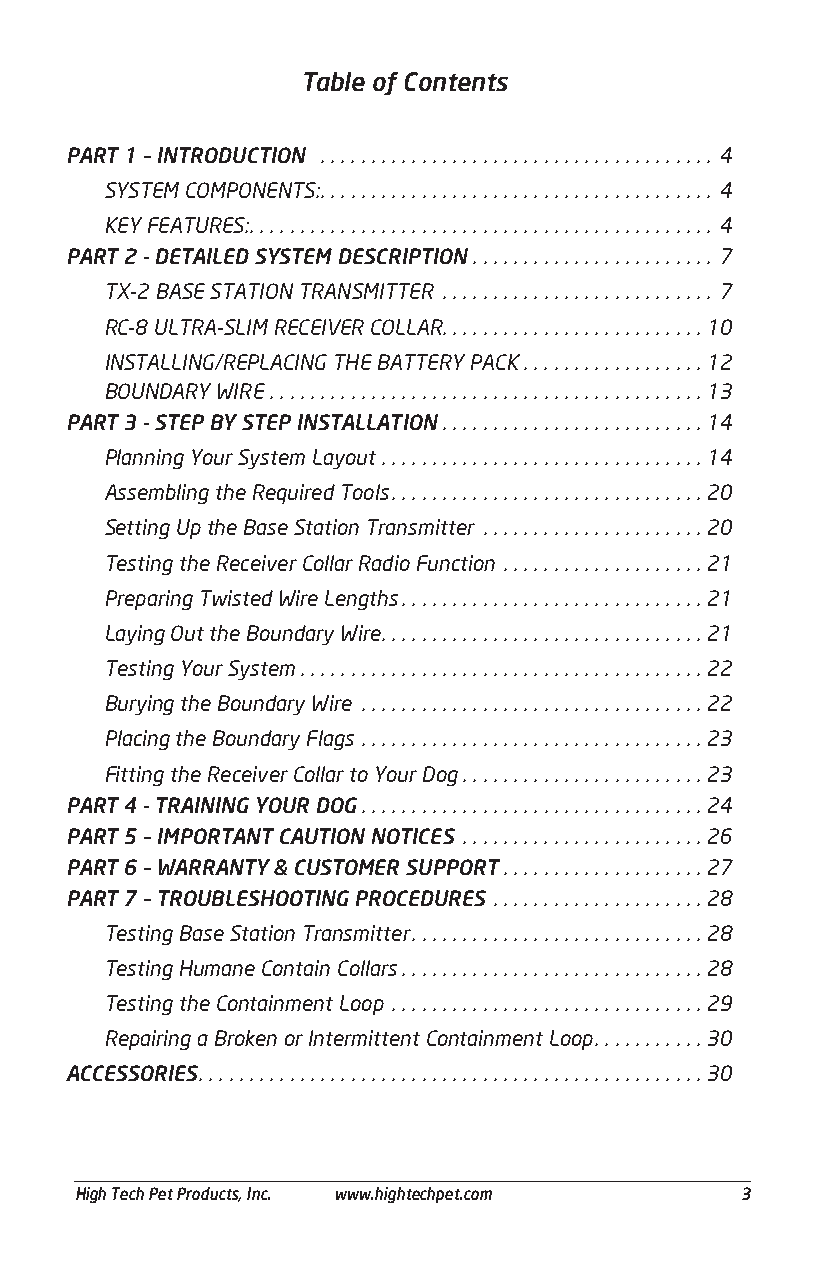
Table of Contents
 PART 1 – INTRODUCTION ....................................... 4
 SYSTEM COMPONENTS: ....................................... 4
 KEY FEATURES: .............................................. 4
 PART 2 - DETAILED SYSTEM DESCRIPTION ........................ 7
 TX-2 BASE STATION TRANSMITTER ........................... 7
 RC-8 ULTRA-SLIM RECEIVER COLLAR. . . . . . . . . . . . . . . . . . . . . . . . . . 10
 INSTALLING/REPLACING THE BATTERY PACK ..................12
 BOUNDARY WIRE ...........................................13
 PART 3 - STEP BY STEP INSTALLATION ..........................14
 Planning Your System Layout ................................14
 Assembling the Required Tools ...............................20
 Setting Up the Base Station Transmitter ......................20
 Testing the Receiver Collar Radio Function ....................21
 Preparing Twisted Wire Lengths ..............................21
 Laying Out the Boundary Wire ................................21
 Testing Your System ........................................22
 Burying the Boundary Wire ..................................22
 Placing the Boundary Flags ..................................23
 Fitting the Receiver Collar to Your Dog ........................23
 PART 4 - TRAINING YOUR DOG ..................................24
 PART 5 – IMPORTANT CAUTION NOTICES ........................26
 PART 6 – WARRANTY & CUSTOMER SUPPORT ....................27
 PART 7 – TROUBLESHOOTING PROCEDURES .....................28
 Testing Base Station Transmitter .............................28
 Testing Humane Contain Collars ..............................28
 Testing the Containment Loop ...............................29
 Repairing a Broken or Intermittent Containment Loop ...........30
 ACCESSORIES ..................................................30
 ___________________________________________________________________________________________
 High Tech Pet Products, Inc. www.hightechpet.com 3